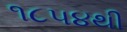
૧૮૫૪થી